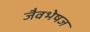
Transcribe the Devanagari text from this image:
जैवभेषज